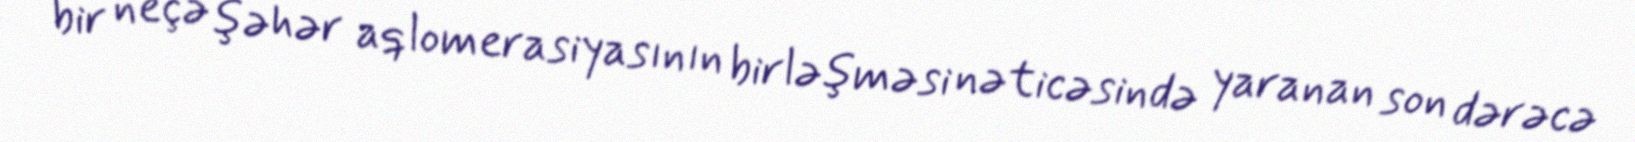
bir neçə şəhər aqlomerasiyasının birləşməsi nəticəsində yaranan son dərəcə